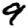
Digit: 9